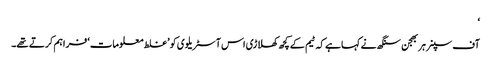
‘
آف سپنر ہربھجن سنگھ نے کہا ہے کہ ٹیم کے کچھ کھلاڑی اس آسٹریلوی کو ’غلط معلومات‘ فراہم کرتے تھے۔